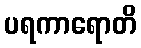
ပရကာရောတိ